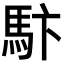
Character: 𩡼